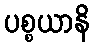
ပစ္စယာနိ